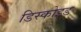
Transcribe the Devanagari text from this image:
डिस्कोइड